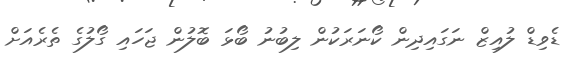
ޑެވިޑް ލުއިޒް ނަގައިދިން ކޯނަރަކުން ލިބުނު ބޯޅަ ބޮލުން ޖަހައި ގޯލުގެ ތެރެއަށް